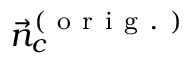
\vec { n } _ { c } ^ { ( \mathrm { ~ o ~ r ~ i ~ g ~ . ~ } ) }